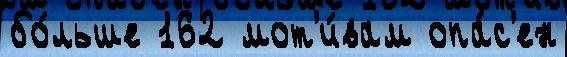
бо́льше 162 мот'и́вам опа́с'ен